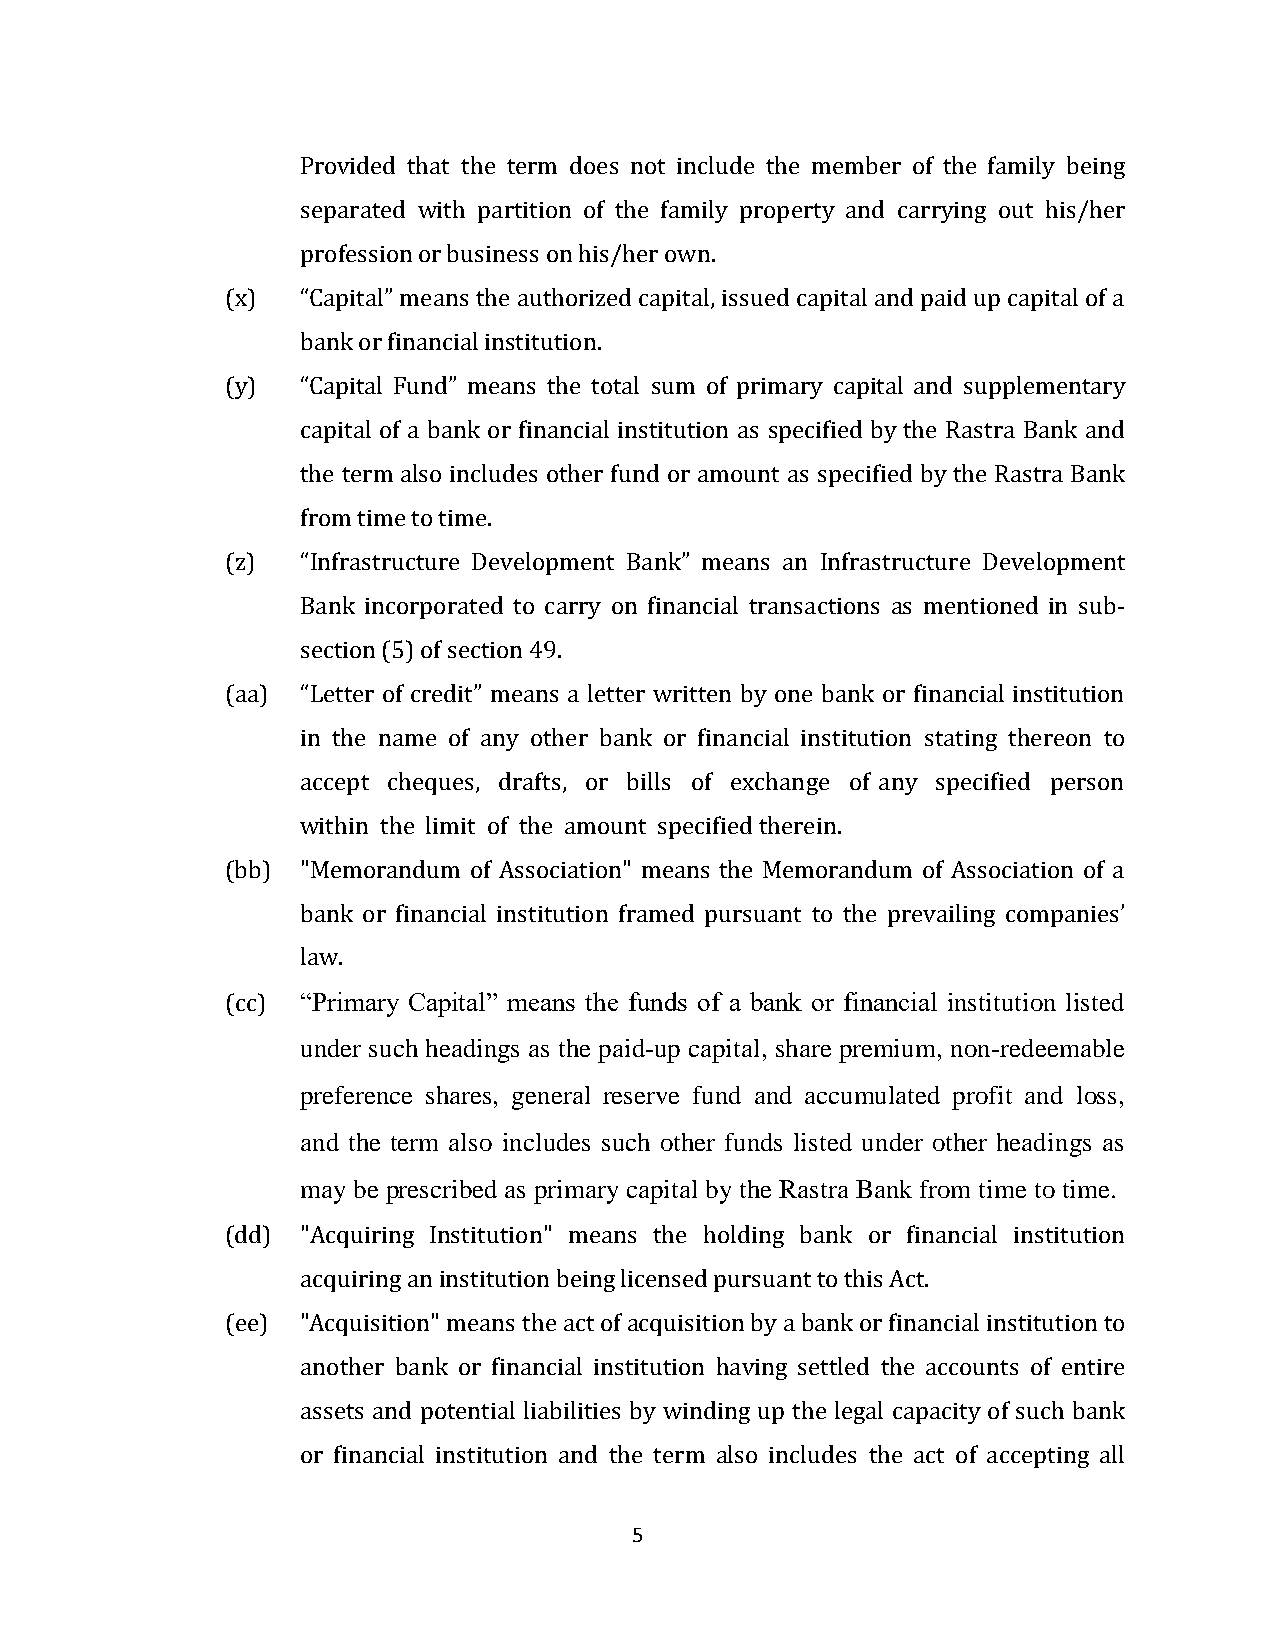
Provided that the term does not include the member of the family being
 separated with partition of the family property and carrying out his/her
 profession or business on his/her own.
 (x)  “Capital” means the authorized capital, issued capital and paid up capital of a
 bank or financial institution.
 (y)  “Capital Fund” means the total sum of primary capital and supplementary
 capital of a bank or financial institution as specified by the Rastra Bank and
 the term also includes other fund or amount as specified by the Rastra Bank
 from time to time.
 (z)  “Infrastructure Development Bank” means an Infrastructure Development
 Bank incorporated to carry on financial transactions as mentioned in sub-
 section (5) of section 49.
 (aa) “Letter of credit” means a letter written by one bank or financial institution
 in the name of any other bank or financial institution stating thereon to
 accept cheques, drafts, or bills of exchange of any specified person
 within the limit of the amount specified therein.
 (bb) "Memorandum of Association" means the Memorandum of Association of a
 bank or financial institution framed pursuant to the prevailing companies’
 law.
 (cc) “Primary Capital” means the funds of a bank or financial institution listed
 under such headings as the paid-up capital, share premium, non-redeemable
 preference shares, general reserve fund and accumulated profit and loss,
 and the term also includes such other funds listed under other headings as
 may be prescribed as primary capital by the Rastra Bank from time to time.
 (dd) "Acquiring Institution" means the holding bank or financial institution
 acquiring an institution being licensed pursuant to this Act.
 (ee) "Acquisition" means the act of acquisition by a bank or financial institution to
 another bank or financial institution having settled the accounts of entire
 assets and potential liabilities by winding up the legal capacity of such bank
 or financial institution and the term also includes the act of accepting all
 5